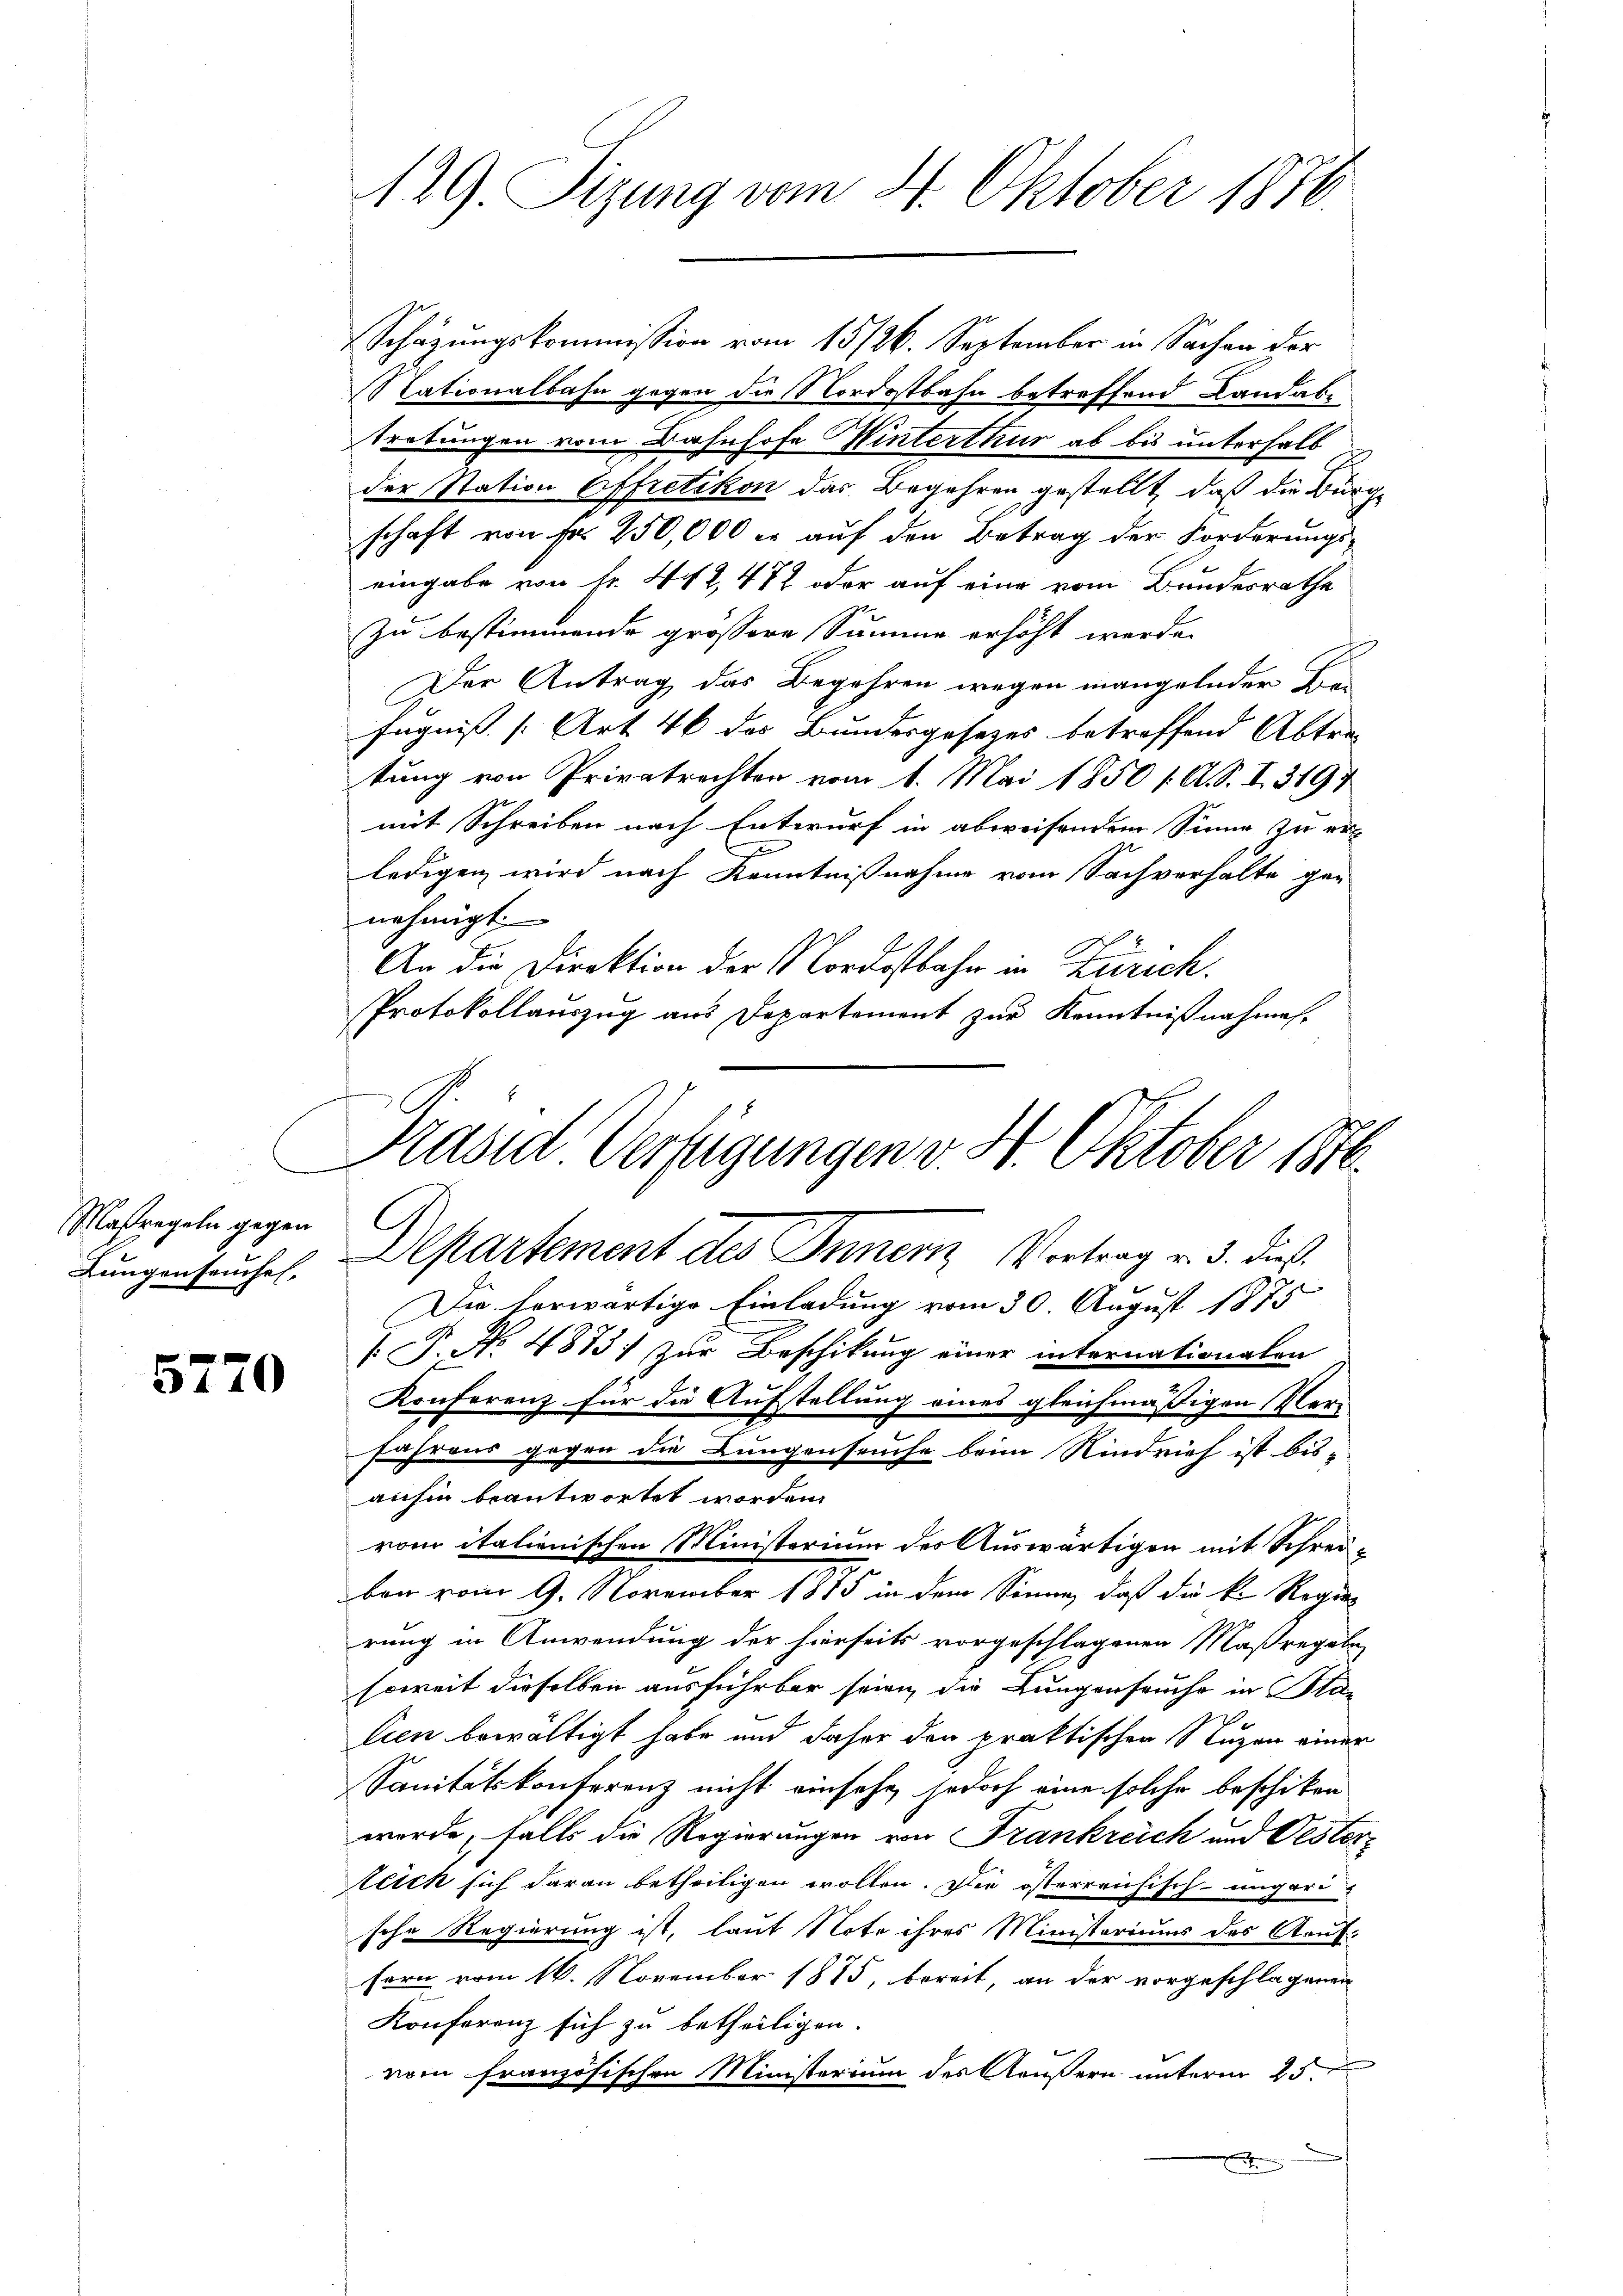
Maßregeln gegen
Lungenseuchel.

5770

129 Sizung vom 4. Oktober 1888.

Schätzungskommission vom 15126. September in Sachen der
Cationalbahn gegen die Nordostbahn betreffend Landabe
tretungen vom Bahnhofe Winterthur ab bis unterhalb
der Station Effretikon das Begehren gestellt, daß die Bürg-
schaft von Fr. 250,000 er auf den Betrag der Forderungs-
eingabe von fr. 442, 482 oder auf eine vom Bundesrathe
Zu bestimmende grossere Summe erhöht werde.
Der Antrag das Begehren wegen mangelnder Be-
fugniß [Art. 46 des Bundesgesetzes betreffend Abtre-
tung von Privatrechten vom 1. Mai 1850 (O. S. I. 3197
mit Schreiben nach Entwurf in abweisendem Sinne zu erledigen wird nach Kenntnißnahme vom Sachverhalte ge-
nehmigt.
An die Direktion der Nordostbahn in Zürich.
Protokollauszug aus Departement zur Kenntnißnahmes-

Präsid Verfügungen v. St. Oktober 1816.

Aepartement des Innern, Vortrag v. 3. dieß.
Die herwärtige Einladung vom 30 August 1875
[ P. No. 4873) zur Beschikung einer internationalen
Konferenz für die Aufstellung eines gleichmäßigen Vor-
fahrens gegen die Lungenseuche beim Rindvieh ist bis-
anhin beantwortet worden.
rom italienischen Ministerium des Auswärtigen mit Schrei-
ben vom 9. November 1875 in dem Sinne, daß die k. Rogan
rung in Anwendung der hierseits vorgeschlagenen Maßregeln,
soweit dieselben ausführbar seien, die Lungenseuche in Sta-
lien bewältigt habe und daher den praktischen Nuzen einer
Sanitätskonferenz nicht einsehe, jedoch eine solche beschiken
werde, falls die Regierungen von Frankreich und Vestorteich sich daran betheiligen wollen. Die österreichisch-ungarische Regierung ist, laut Note ihres Ministeriums des Kruk¬
1
sern vom 16. November 1815, bereit, an der vorgeschlagenen
Konferenz sich zu betheiligen.
vom französischen Ministerium des Aeußern unterm 25ten
.